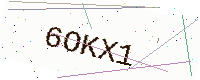
Text: 6OKX1